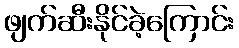
ဖျက်ဆီးနိုင်ခဲ့ကြောင်း